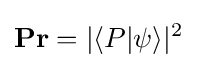
\mathbf {Pr} =\vert \langle P\vert \psi \rangle \vert ^{2}